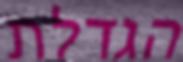
הגדלת